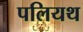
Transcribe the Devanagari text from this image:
पलियथ